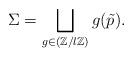
LaTeX: \begin{align*}\Sigma = \bigsqcup_{g \in (\mathbb{Z}/l\mathbb{Z})} g(\tilde{p}).\end{align*}